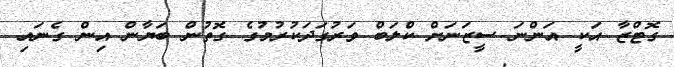
ގޮޓްޒާ އަކީ އަންނަ ސީޒަނަށް ކްލަބް ވަރުގަދަކުރުމުގެ ގޮތުން ބަޔާން އިން ގެނައި